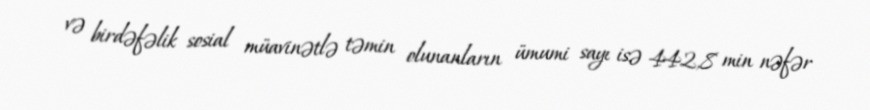
və birdəfəlik sosial müavinətlə təmin olunanların ümumi sayı isə 442,8 min nəfər